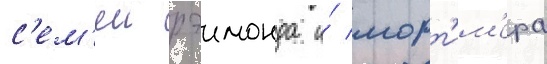
с'ем'еи рэимонда и́ морт'им'ера